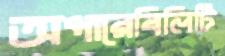
অপারেবিলিটি